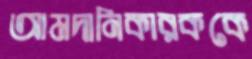
আমদানিকারককে